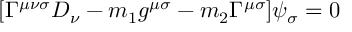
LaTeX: [ \Gamma ^ { \mu \nu \sigma } D _ { \nu } - m _ { 1 } g ^ { \mu \sigma } - m _ { 2 } \Gamma ^ { \mu \sigma } ] \psi _ { \sigma } = 0